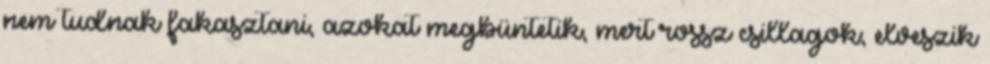
nem tudnak fakasztani, azokat megbüntetik, mert rossz csillagok; elveszik